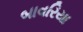
બાવરિયા